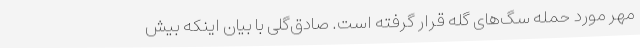
مهر مورد حمله سگ‌های گله قرار گرفته است. صادق‌گلی با بیان اینکه بیش